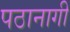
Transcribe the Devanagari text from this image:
पठानागी